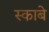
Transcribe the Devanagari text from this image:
स्काबे